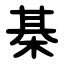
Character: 棊